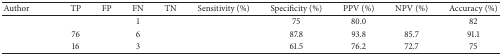
<table><thead><tr><td><b>Author</b></td><td><b>TP</b></td><td><b>FP </b></td><td><b>FN</b></td><td><b>TN</b></td><td><b>Sensitivity (%)</b></td><td><b>Specificity (%)</b></td><td><b>PPV (%)</b></td><td><b>NPV (%)</b></td><td><b>Accuracy (%)</b></td></tr></thead><tbody><tr><td>[EMPTY_CELL]</td><td>[EMPTY_CELL]</td><td>[EMPTY_CELL]</td><td>1</td><td>[EMPTY_CELL]</td><td>[EMPTY_CELL]</td><td>75</td><td>80.0</td><td>[EMPTY_CELL]</td><td>82</td></tr><tr><td>[EMPTY_CELL]</td><td>76</td><td>[EMPTY_CELL]</td><td>6</td><td>[EMPTY_CELL]</td><td>[EMPTY_CELL]</td><td>87.8</td><td>93.8</td><td>85.7</td><td>91.1</td></tr><tr><td>[EMPTY_CELL]</td><td>16</td><td>[EMPTY_CELL]</td><td>3</td><td>[EMPTY_CELL]</td><td>[EMPTY_CELL]</td><td>61.5</td><td>76.2</td><td>72.7</td><td>75</td></tr></tbody></table>